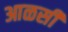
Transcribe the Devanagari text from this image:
आळसी